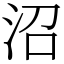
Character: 沼